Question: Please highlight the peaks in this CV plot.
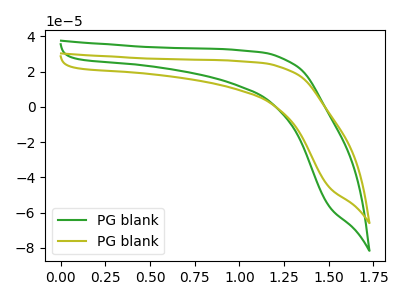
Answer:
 <answer>The green curve "PG blank1" has no peaks. The olive curve "PG blank2" has no peaks.</answer>
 <eval></eval>